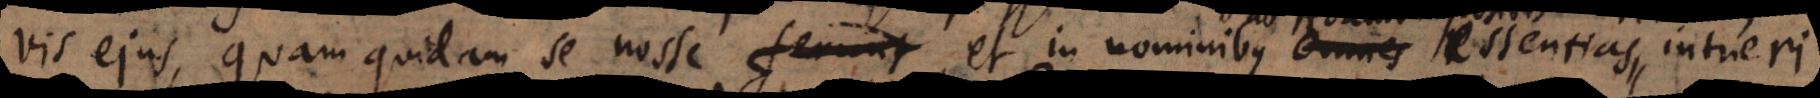
jus, quam quidam se nosse et in nominibus omnes essentias ab